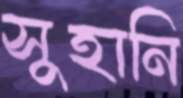
সুহানি